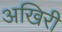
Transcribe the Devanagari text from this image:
अखिरी